Lunatic asylums Bombay report 1878-1890 - 1878-1890
Year: 1878
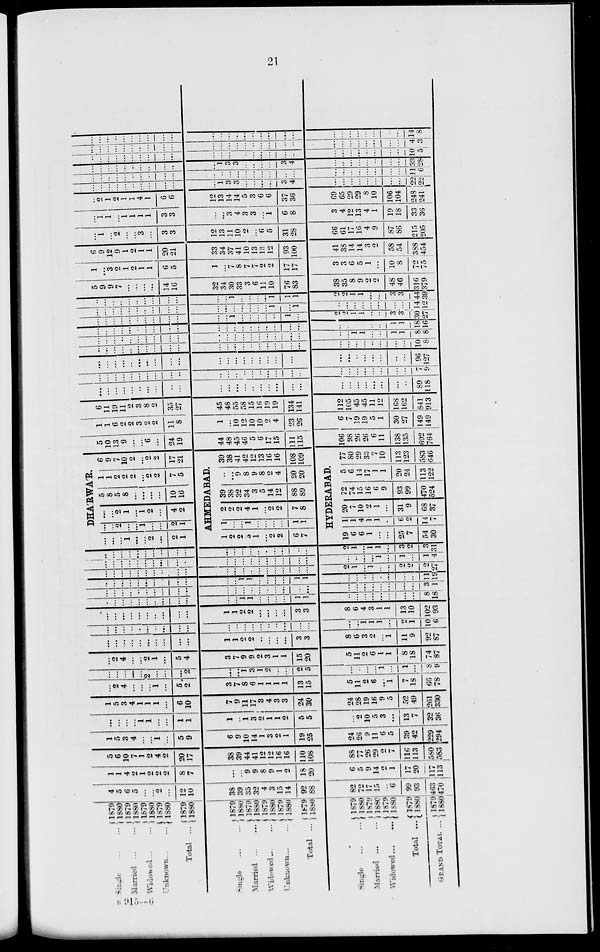
21
Single ... ...
Married ... ...
Widowed ... ...
Unknown ... ...
Total ...
Single ... ...
Married ... ...
Widowed ... ...
Unknown ... ...
Total ...
Single ... ...
Married ... ...
Widowed ... ...
Total ...
GRAND
TOTAL
1879
1880
1879
1880
1879
1880
1879
1880
1879
1880
1879
1880
1879
1880
1879
1880
1879
1880
1879
1880
1879
1880
1879
1880
1879
1880
1879
1880
1879
1880
4
5
6
5
...
...
2
...
12
10
38
39
35
32
4
3
15
14
92
88
82
72
17
15
...
6
99
93
463
470
1
1
4
2
1
2
2
2
8
7
...
...
9
9
8
9
1
2
18
20
6
5
9
14
2
1
17
20
117
113
5
6
10
7
1
2
4
2
20
17
38
39
44
41
12
12
16
16
110
108
88
77
26
29
2
7
116
113
580
583
1
5
3
4
...
...
1
...
5
9
6
9
10
14
1
3
2
1
19
25
24
26
9
11
6
5
39
42
229
294
...
...
...
...
1
1
...
...
1
1
1
...
1
3
2
1
1
2
5
5
...
2
10
5
3
...
13
7
32
36
1
5
3
4
1
1
1
...
6
10
7
9
11
17
3
4
3
3
24
30
24
28
19
16
9
5
52
49
261
330
...
2
4
...
...
...
1
...
5
2
3
7
8
6
1
1
1
1
13
15
5
11
2
6
...
1
7
18
66
78
...
...
...
...
...
2
...
...
...
2
...
...
1
3
1
2
...
...
2
5
...
...
...
...
1
...
1
...
8
9
...
2
4
...
...
2
1
...
5
4
3
7
9
9
2
3
1
1
15
20
5
11
2
6
1
1
8
18
74
87
...
...
...
...
...
...
...
...
...
...
1
1
2
2
...
...
...
...
3
3
8
6
3
2
...
1
11
9
92
87
...
...
...
...
...
...
...
...
...
...
...
...
...
...
...
...
...
...
...
...
...
...
1
1
1
...
2
1
10
6
...
...
...
...
...
...
...
...
...
...
1
1
2
2
...
...
...
...
3
3
8
6
4
3
1
1
13
10
102
93
...
...
...
...
...
...
...
...
...
...
...
...
1
1
...
...
...
...
1
1
...
...
...
...
...
...
...
...
8
18
...
...
...
...
...
...
...
...
...
...
...
...
...
...
...
...
...
...
...
...
...
...
...
...
...
...
...
...
3
1
...
...
...
...
...
...
...
...
...
...
...
...
1
1
..
...
...
...
1
1
...
...
...
...
...
...
...
...
11
19
...
...
...
...
...
...
...
...
...
...
...
...
...
..
...
...
...
...
...
...
2
1
...
1
...
...
2
2
2
27
...
...
...
...
...
...
...
...
...
...
...
...
...
...
...
...
...
...
...
...
...
...
...
...
1
...
1
...
1
4
...
...
...
...
...
...
...
...
...
...
...
...
...
...
...
...
...
...
...
...
2
1
...
1
1
...
3
2
3
31
DHA'RWAR.
...
...
...
1
...
...
2
...
2
1
...
...
2
...
...
1
...
...
2
1
...
...
2
1
...
1
2
...
4
2
5
8
5
8
...
...
...
...
10
16
1
1
2
2
2
...
2
2
7
5
6
9
7
10
2
...
2
2
17
21
AHMEDABAD.
1
2
2
3
1
...
2
2
6
7
1
...
...
1
...
...
...
...
1
1
2
2
2
4
1
...
2
2
7
8
39
38
32
34
3
5
14
12
88
89
...
...
9
8
9
8
2
4
20
20
39
38
41
42
12
13
16
16
108
109
HYDERABAD.
19
6
6
1
...
...
25
7
54
30
1
1
4
1
1
...
6
2
14
7
20
7
10
2
1
...
31
9
68
37
72
74
15
16
6
9
93
99
470
524
5
6
14
17
1
1
20
24
113
122
77
80
29
33
7
10
113
123
583
646
5
10
13
9
...
...
6
...
24
19
44
48
45
46
5
6
17
15
111
115
106
98
26
26
6
11
138
135
692
764
1
1
6
2
2
3
2
2
11
8
1
...
10
12
10
10
2
4
23
26
6
7
19
19
5
1
30
27
149
149
6
11
19
11
2
3
8
2
35
27
45
48
55
58
15
16
19
19
134
141
112
105
45
45
11
12
168
162
841
913
...
...
...
...
...
...
...
...
...
...
...
...
...
...
...
...
...
...
...
...
...
...
...
...
...
...
...
...
89
118
...
...
...
...
...
...
...
...
...
...
...
...
...
...
...
...
...
...
...
...
...
...
...
...
...
...
...
...
7
9
...
...
...
...
...
...
...
...
...
...
...
...
...
...
...
...
...
...
...
...
...
...
...
...
...
...
...
...
96
127
...
...
...
...
...
...
...
...
...
...
...
...
...
...
...
...
...
...
...
...
...
...
...
...
...
...
...
...
10
8
...
...
...
...
...
...
...
...
...
...
...
...
...
...
...
...
...
...
...
...
...
...
1
1
...
...
1
1
8
8
...
...
...
...
...
...
...
...
...
...
...
...
...
...
...
...
...
...
...
...
...
...
...
...
...
...
1
1
18
16
...
...
...
...
...
...
...
...
...
...
...
...
1
...
...
...
...
...
1
...
2
2
1
1
...
...
3
3
30
27
...
...
...
...
...
...
...
...
...
...
...
...
...
...
...
...
...
1
...
1
...
...
...
...
...
...
...
...
14
12
...
...
...
...
...
...
...
...
...
...
...
...
1
...
...
...
...
1
1
1
2
2
1
1
...
...
3
3
44
39
5
9
9
7
...
...
...
...
14
16
32
34
30
33
3
6
11
10
76
83
38
35
8
9
2
2
48
46
316
379
1
...
3
2
1
2
1
1
6
5
1
...
7
8
7
7
2
2
17
17
3
3
6
5
1
...
10
8
72
75
6
9
12
9
1
2
1
1
20
21
33
34
37
41
10
13
13
12
93
100
41
38
14
14
3
2
58
54
388
454
...
1
...
2
...
...
3
...
3
3
12
13
11
10
2
...
6
5
31
28
66
61
17
16
4
9
87
86
215
205
...
1
1
...
1
1
1
1
3
3
...
...
3
4
3
3
...
1
6
8
3
4
12
13
4
1
19
18
33
36
...
2
1
2
1
1
4
1
6
6
12
13
14
14
5
3
6
6
37
36
69
65
29
29
8
10
106
104
248
241
...
...
...
...
...
..
...
...
...
...
...
1
3
3
...
...
...
...
3
4
...
...
...
...
...
...
...
...
22
22
...
...
...
...
...
...
...
...
...
...
...
...
...
...
...
...
...
...
...
...
...
...
...
...
...
...
...
...
11
6
...
...
...
...
...
...
...
...
...
...
...
1
3
3
...
...
...
...
3
4
...
...
...
...
...
...
...
...
33
28
...
...
...
...
...
...
...
...
...
...
...
...
...
...
...
...
...
...
...
...
...
...
...
...
...
...
...
...
10
5
...
...
...
...
...
...
...
...
...
...
...
...
...
...
...
...
...
...
...
...
...
...
...
...
...
...
...
...
4
3
...
...
...
...
...
...
...
...
...
...
...
...
...
...
...
...
...
...
...
...
...
...
...
...
...
...
...
...
14
8
B 915 –– 6